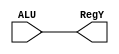
`timescale 1ns / 1ps
//////////////////////////////////////////////////////////////////////////////////
// Company: 
// Engineer: 
// 
// Design Name: 
// Module Name: RegY
// Project Name: 
// Target Devices: 
// Tool Versions: 
// Description: 
// 
// Dependencies: 
// 
// Revision:
// Revision 0.01 - File Created
// Additional Comments:
// 
//////////////////////////////////////////////////////////////////////////////////


module RegY(
    input [3:0] ALU,
    output [3:0] RegY
    );
    
    reg [3:0] W;
    
    assign RegY = W;
 
 always @(ALU)
    begin
    
    W = ALU;
    
    end
    
    
    
endmodule